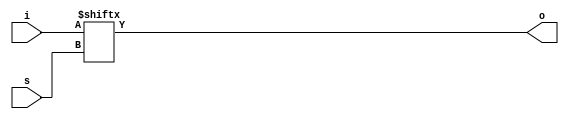
`timescale 1ns / 1ps
//////////////////////////////////////////////////////////////////////////////////
// Company: 
// Engineer: 
// 
// Design Name: 
// Module Name:    hw1_4x1_MUX_RTL 
// Project Name: 
// Target Devices: 
// Tool versions: 
// Description: 
//
// Dependencies: 
//
// Revision: 
// Revision 0.01 - File Created
// Additional Comments: 
//
//////////////////////////////////////////////////////////////////////////////////
module hw1_4x1_MUX_RTL(i, s, o);

  input [3:0]i;
  input [1:0]s;
  output o;
  
  assign o = i[s];

endmodule